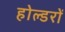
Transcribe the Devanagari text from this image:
होल्डरों